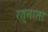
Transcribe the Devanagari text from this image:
रत्‍नाला